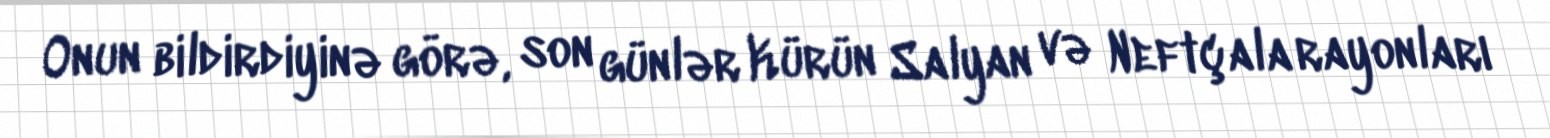
Onun bildirdiyinə görə, son günlər Kürün Salyan və Neftçala rayonları